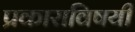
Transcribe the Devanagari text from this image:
प्रकाराविषयी